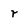
Character: r